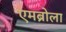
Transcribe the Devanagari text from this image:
एमब्रोला